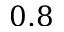
0 . 8